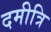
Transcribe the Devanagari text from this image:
दमीत्रि